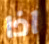
اذا